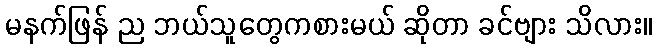
မနက်ဖြန် ည ဘယ်သူတွေကစားမယ် ဆိုတာ ခင်ဗျား သိလား။